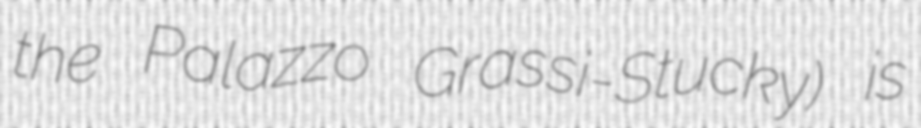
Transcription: the Palazzo Grassi-Stucky) is